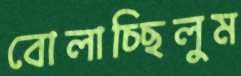
বোলাচ্ছিলুম